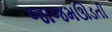
જાજમઊડતી